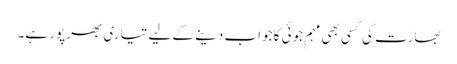
بھارت کی کسی بھی مہم جوئی کا جواب دینے کے لیے تیاری بھرپور ہے۔